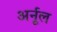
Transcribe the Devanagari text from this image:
अर्नूल